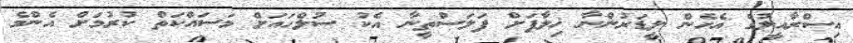
އިސްރާއީލުގެ އެހެން ލީޑަރުންނާ ޚިލާފަށް ފަލަސްތީނާ އެކު ސުލްހައަށް މަސައްކަތް ކުރުމަށް އެންމެ